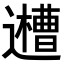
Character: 𨘨